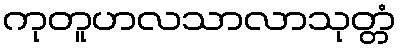
ကုတူဟလသာလာသုတ္တံ